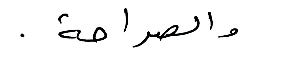
والصراحة.